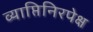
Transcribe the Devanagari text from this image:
व्याप्तिनिरपेक्ष